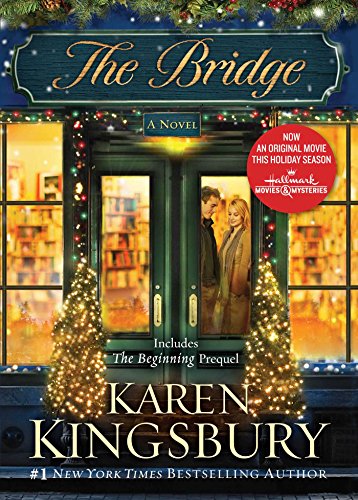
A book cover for The Bridge: A Novel; Karen Kingsbury; Romance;